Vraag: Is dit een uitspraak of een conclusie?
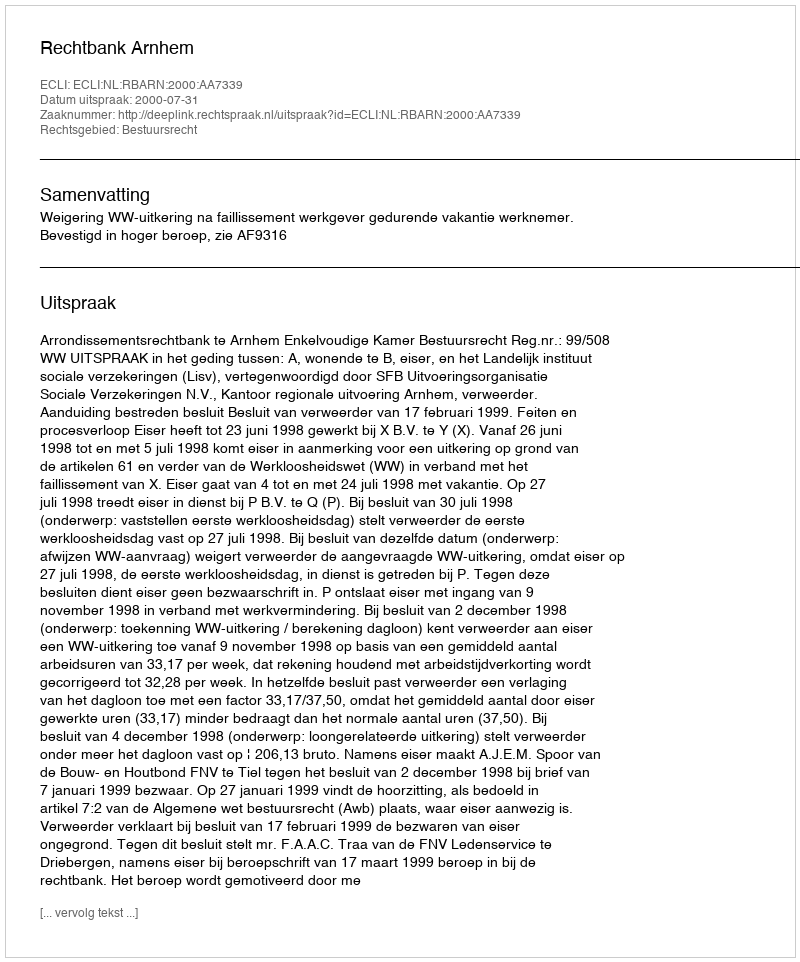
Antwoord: Uitspraak